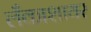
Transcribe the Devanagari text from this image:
लँकाशायर